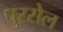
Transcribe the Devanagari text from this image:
पुरसेल